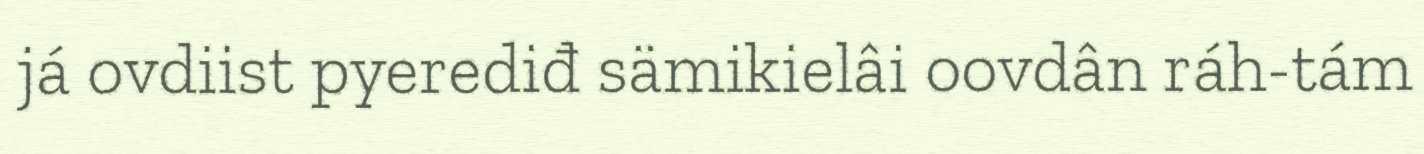
já ovdiist pyerediđ sämikielâi oovdân ráh-tám